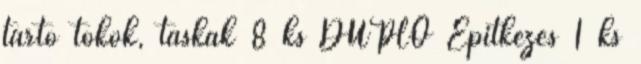
tartó tokok, táskák 8 ks DUPLO Építkezés 1 ks